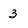
Character: 3